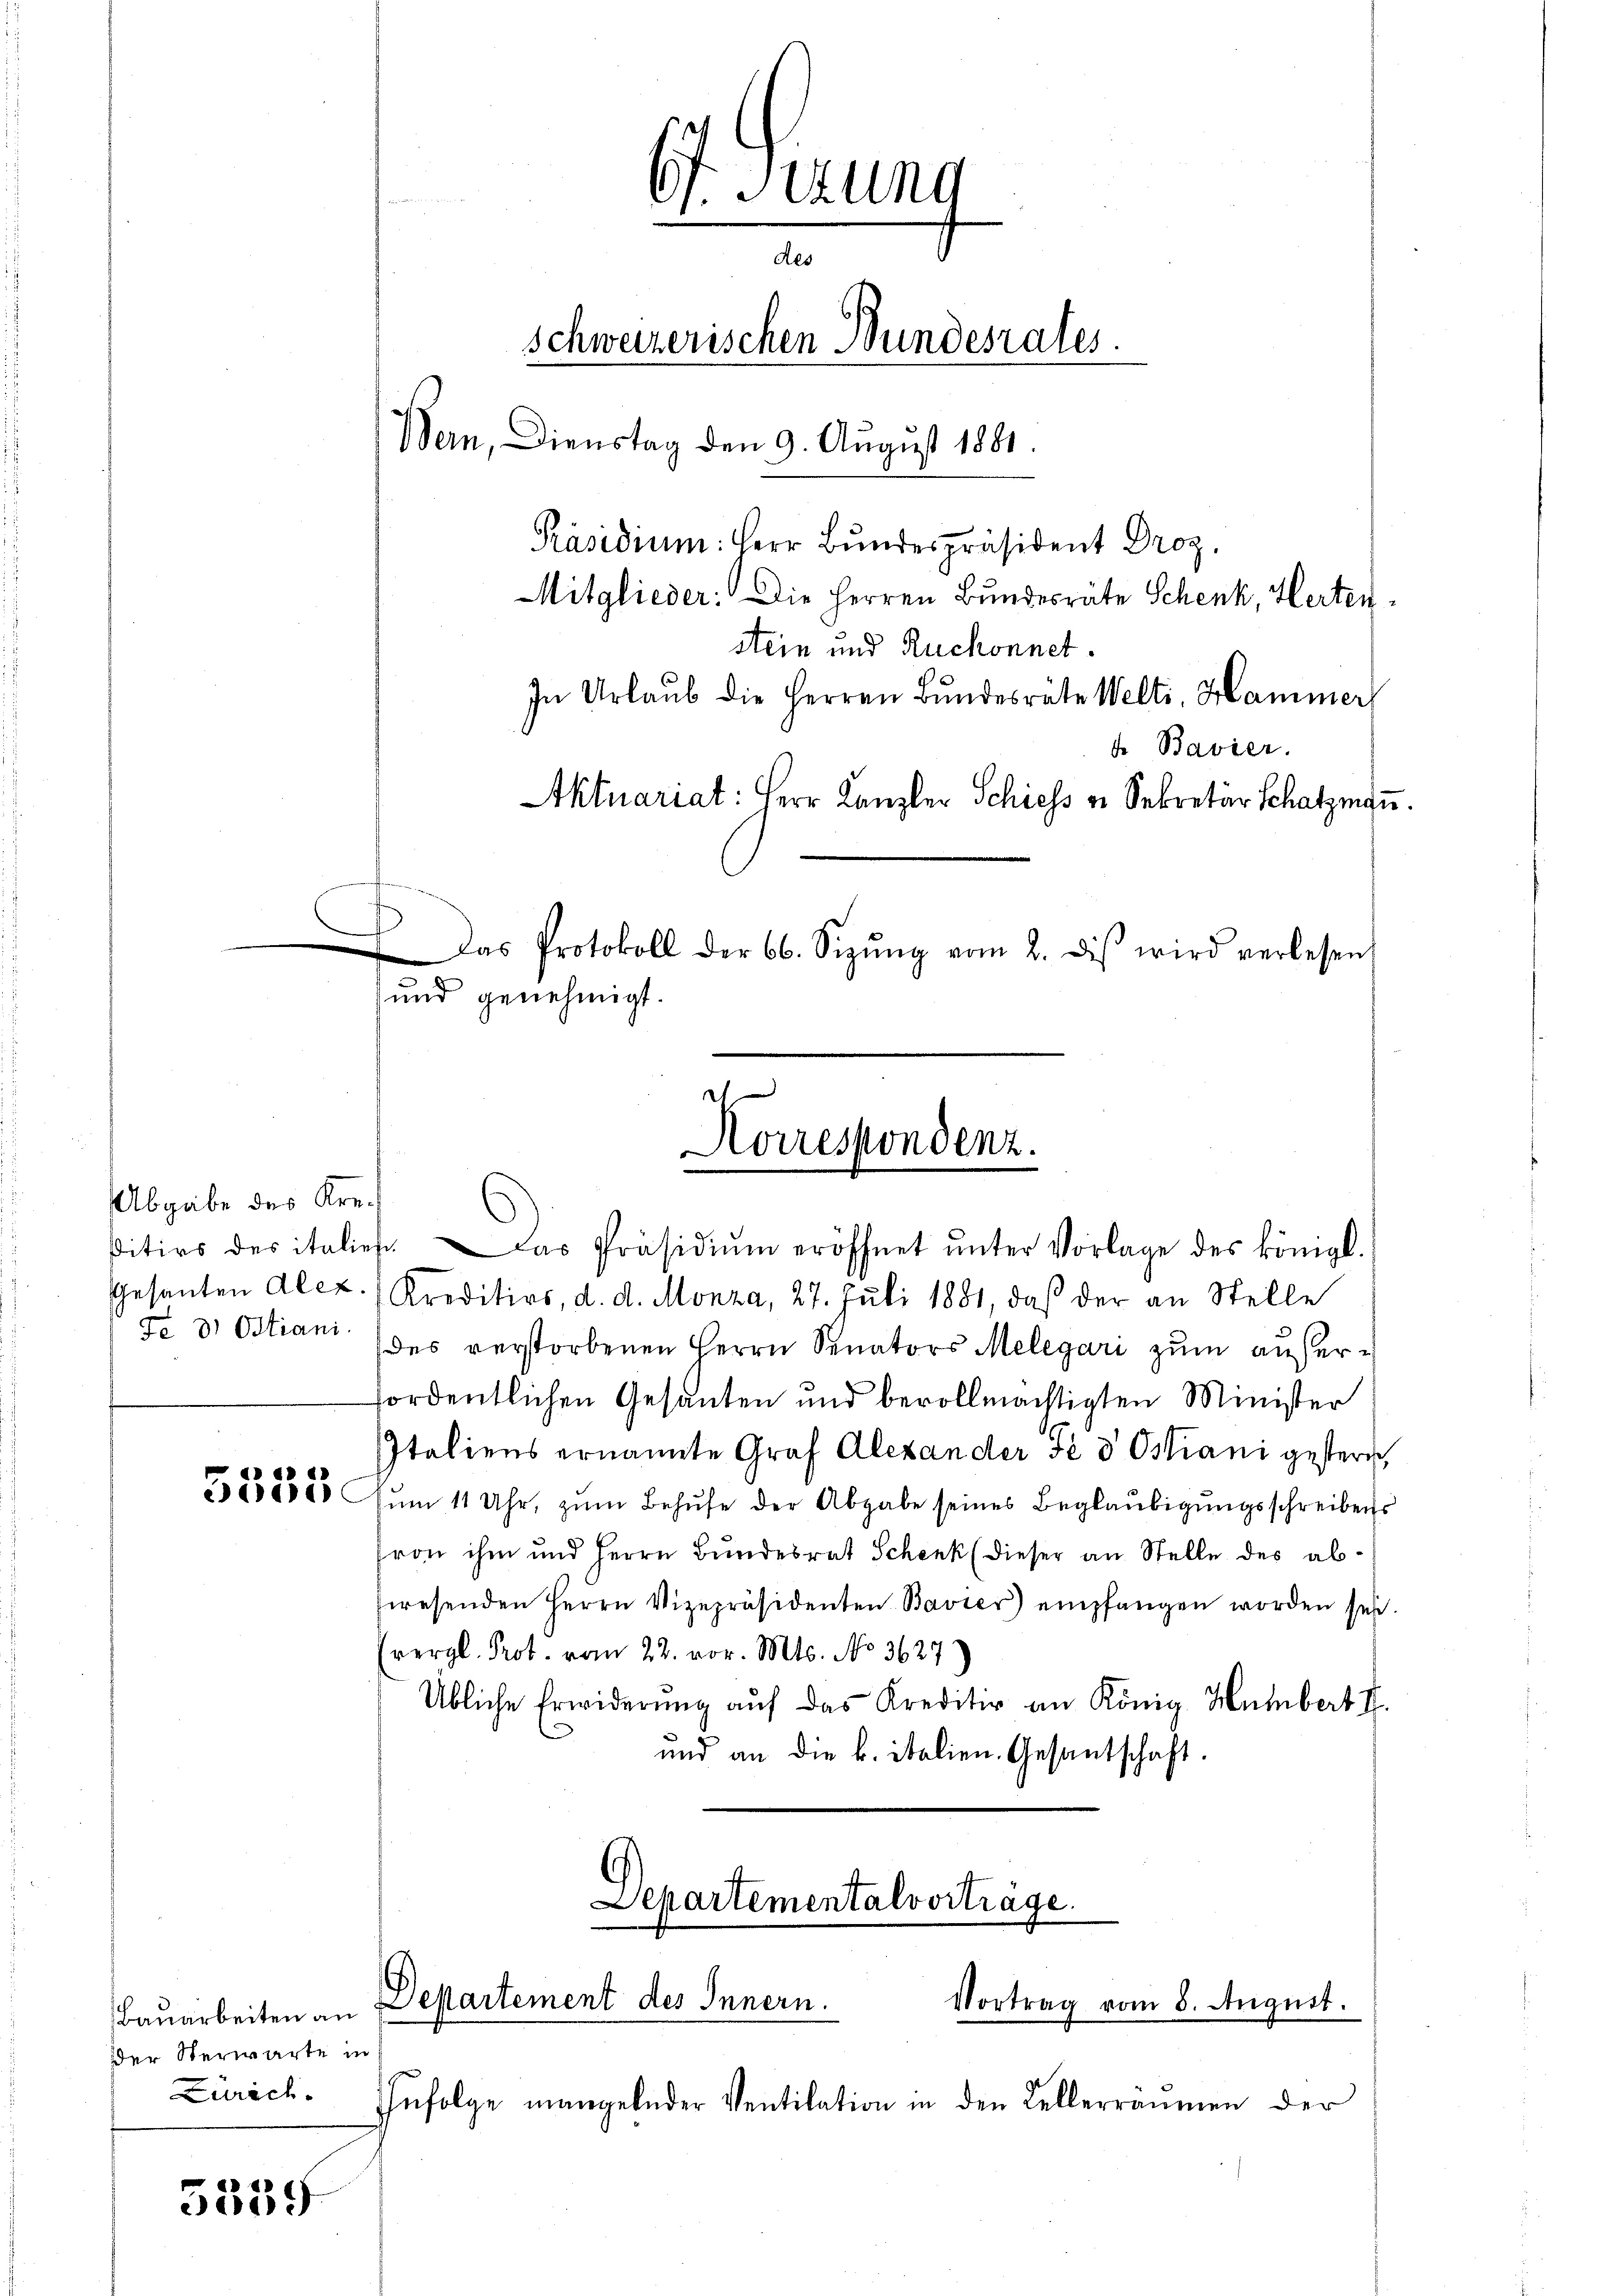
Abgabe des Kre¬
Fe d Ostiani.

Bauarbeiten an
der Sterwarte in
Zürich.

5339

6t. Sizung
des
schweizerischen Bundesrates.
Bern, Dienstag den 9. August 1881.
Präsidium: Herr Bundespräsident Droz.
Mitglieder: Die Herren Bundesräte Schenk, Hertenstein und Ruchonnet.
In Urlaub die Herren Bŭndesräte Welti, Hammer

und genehmigt.
ditirs des italiefe. Das Präsidiŭm eröffnet ŭnter Vorlage des königl.
Gesanten Alex. Kreditirs, d. d. Monza, 27. Jŭli 1881, daß der an Stelle
des verstorbenen Herrn Senators Melegari zum außere
fordentlichen Gesanten und bevollmächtigten Minister
Italiens ernannte Graf Alexander sè d Ostiani gestern,
5858565 zum 11 Uhr, zum Behufe der Abgabe seines Beglaubigungsschreibens
von ihm und Herrn Bundesrat Schenk (dieser an Stelle des abswesenden Herrn Vizepräsidenten Bavier) empfangen worden sei.
(vergl. Prot. vom 22. vor. Mts. No. 3627)
Übliche Erwiderŭng aŭf das Kreditiv an König Humbert II.
und an die k. italien. Gesantschaft.

Das Protokoll der 66. Sizŭng vom 2. diβ wird verlesen,

Korrespondenz.

Departementalvorträge.
Departement des Innern.

de Bavier.
Aktuariat: Herr Kanzler Schiess u. Sekretär Schatzmaṅ.

Infolge mangelnder Ventilation in den Kellerräumen der

Vortrag vom 8. August.